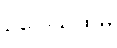
ဥပေါသထမ္ပိ